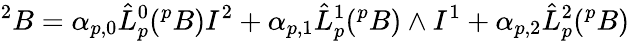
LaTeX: ^{2}B=\alpha_{p,0}{\hat{L}}_{p}^{0}(^{p}B)I^{2}+\alpha_{p,1}{\hat{L}}_{p}^{1}(^{p}B)\wedge I^{1}+\alpha_{p,2}{\hat{L}}_{p}^{2}(^{p}B)